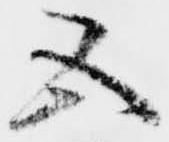
五